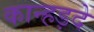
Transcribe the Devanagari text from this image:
कान्हड़दे